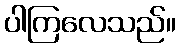
ပါကြလေသည်။